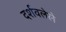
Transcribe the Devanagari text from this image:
दर्शवलेले